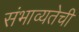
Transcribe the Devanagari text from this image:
संभाव्यतेची